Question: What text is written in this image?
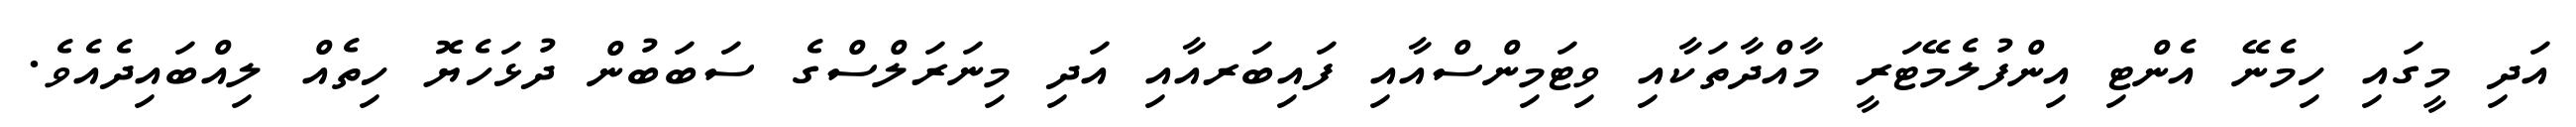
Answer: އަދި މީގައި ހިމެނޭ އެންޓި އިންފުލެމޭޓަރީ މާއްދާތަކާއި ވިޓަމިންސްއާއި ފައިބަރއާއި އަދި މިނަރަލްސްގެ ސަބަބުން ދުޅަހެޔޮ ހިތެއް ލިއްބައިދެއެވެ.